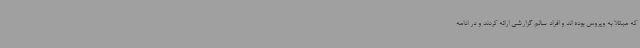
که مبتلا به ویروس بوده اند و افراد سالم گزارشی ارائه کردند و در ادامه